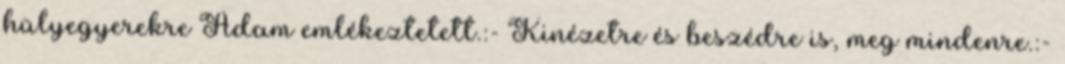
hülyegyerekre Adam emlékeztetett.:- Kinézetre és beszédre is, meg mindenre.:-